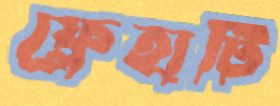
ফ্লেহার্টি